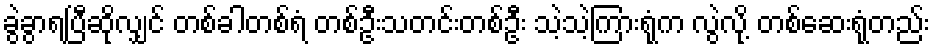
ခွဲခွာရပြီဆိုလျှင် တစ်ခါတစ်ရံ တစ်ဦးသတင်းတစ်ဦး သဲ့သဲ့ကြားရုံက လွဲလို့ တစ်ဆေးရုံတည်း